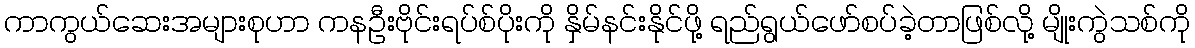
ကာကွယ်ဆေးအများစုဟာ ကနဦးဗိုင်းရပ်စ်ပိုးကို နှိမ်နင်းနိုင်ဖို့ ရည်ရွယ်ဖော်စပ်ခဲ့တာဖြစ်လို့ မျိုးကွဲသစ်ကို